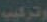
وتركيب